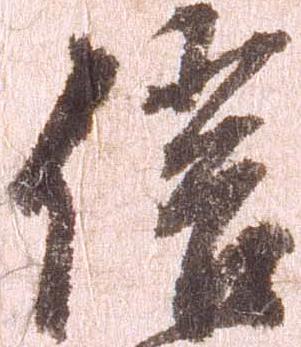
信